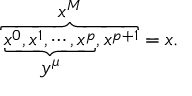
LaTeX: \overbrace { \underbrace { x ^ { 0 } , x ^ { 1 } , \cdots , x ^ { p } } _ { \displaystyle { y ^ { \mu } } } , x ^ { p + 1 } } ^ { \displaystyle { x ^ { M } } } = x .